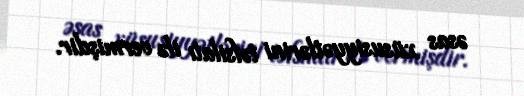
əsas xüsusiyyətlərini təfsilatı ilə vermişdir.